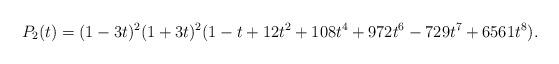
LaTeX: \begin{align*}P_2(t) = (1 - 3 t)^2 (1 + 3 t)^2 (1 - t + 12 t^2 + 108 t^4 + 972 t^6 - 729 t^7 + 6561 t^8).\end{align*}